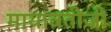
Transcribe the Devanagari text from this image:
मायावतीजी